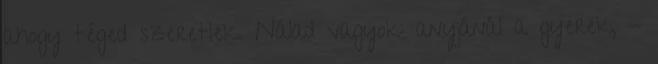
ahogy téged szeretlek. Nálad vagyok: anyjánál a gyerek, -